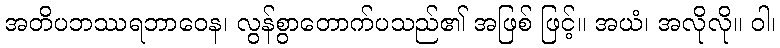
အတိပဘဿရဘာဝေန၊ လွန်စွာတောက်ပသည်၏ အဖြစ် ဖြင့်။ အယံ၊ အလိုလို။ ဝါ၊